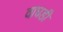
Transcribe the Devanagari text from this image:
वाघडी